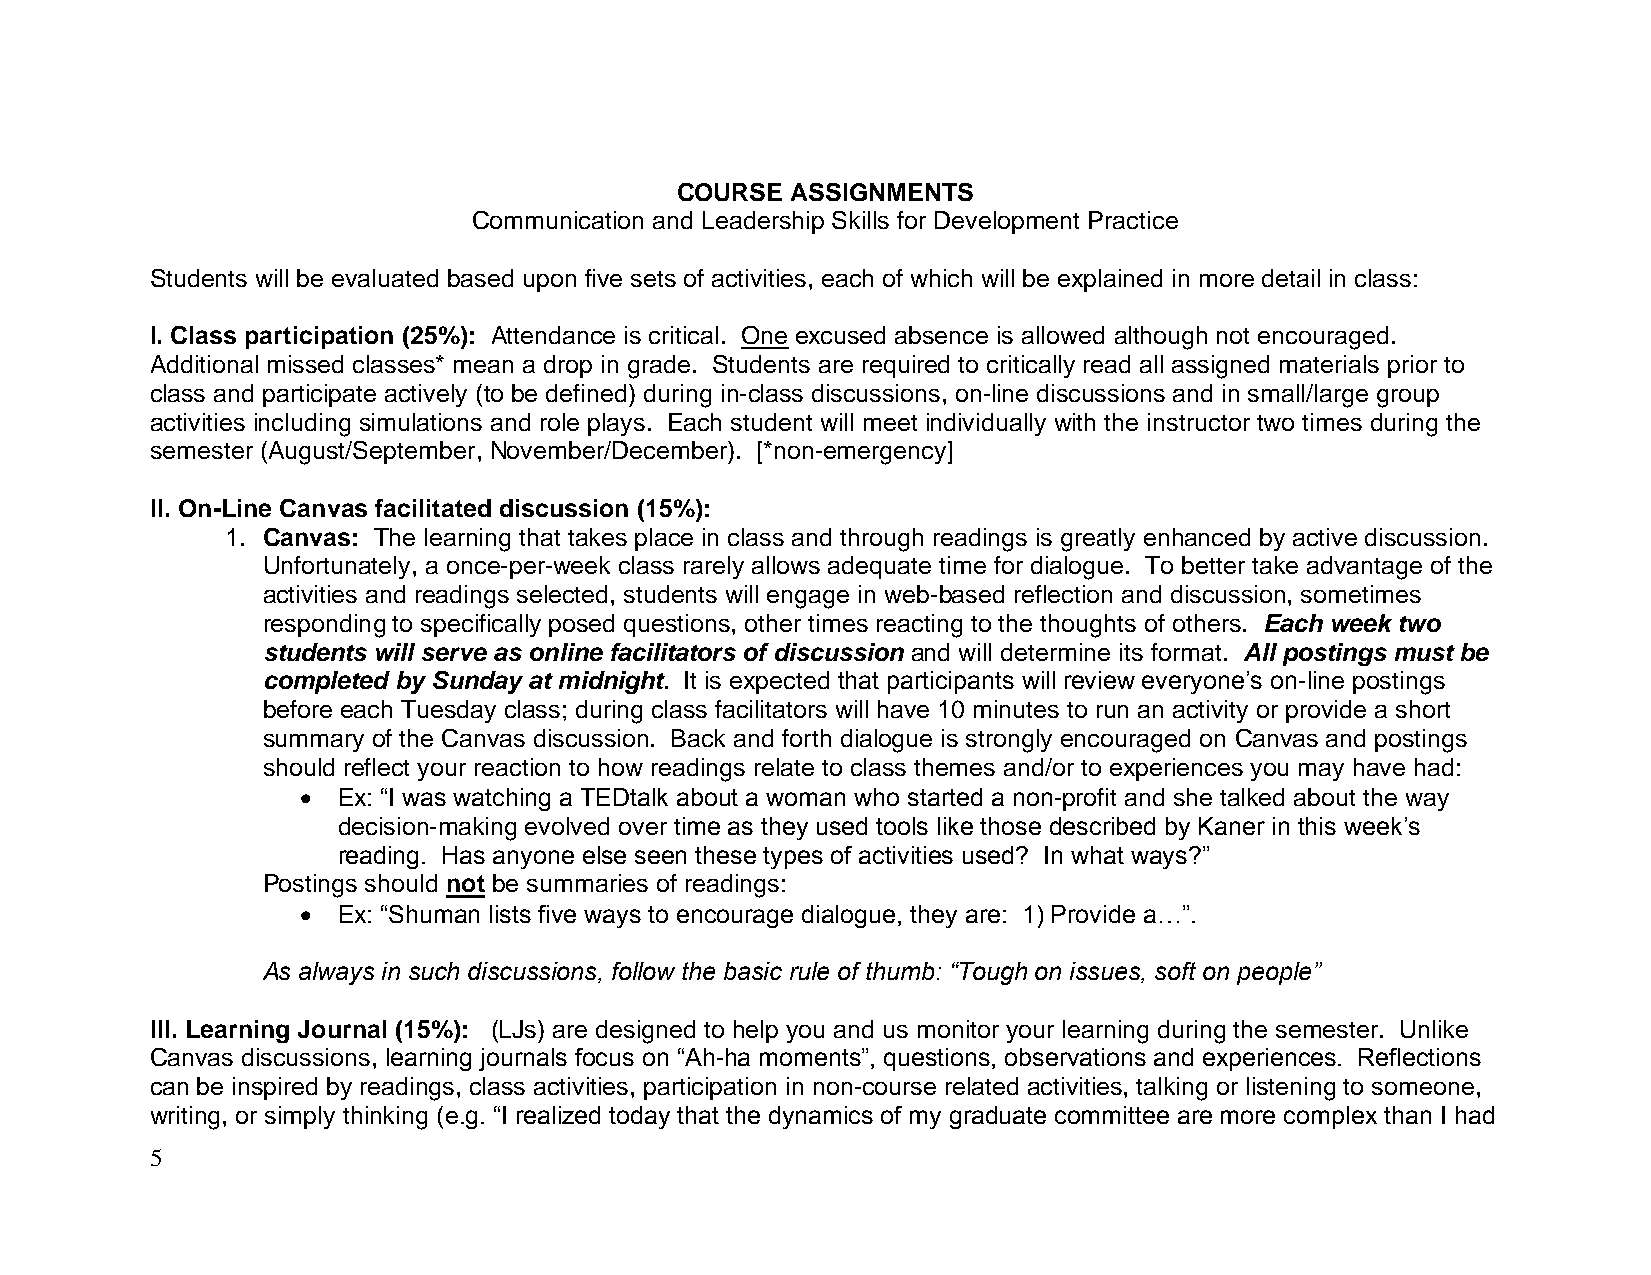
COURSE ASSIGNMENTS
 Communication and Leadership Skills for Development Practice
 Students will be evaluated based upon five sets of activities, each of which will be explained in more detail in class:
 I. Class participation (25%): Attendance is critical. One excused absence is allowed although not encouraged.
 Additional missed classes* mean a drop in grade. Students are required to critically read all assigned materials prior to
 class and participate actively (to be defined) during in-class discussions, on-line discussions and in small/large group
 activities including simulations and role plays. Each student will meet individually with the instructor two times during the
 semester (August/September, November/December). [*non-emergency]
 II. On-Line Canvas facilitated discussion (15%):
 1. Canvas: The learning that takes place in class and through readings is greatly enhanced by active discussion.
 Unfortunately, a once-per-week class rarely allows adequate time for dialogue. To better take advantage of the
 activities and readings selected, students will engage in web-based reflection and discussion, sometimes
 responding to specifically posed questions, other times reacting to the thoughts of others. Each week two
 students will serve as online facilitators of discussion and will determine its format. All postings must be
 completed by Sunday at midnight. It is expected that participants will review everyone’s on-line postings
 before each Tuesday class; during class facilitators will have 10 minutes to run an activity or provide a short
 summary of the Canvas discussion. Back and forth dialogue is strongly encouraged on Canvas and postings
 should reflect your reaction to how readings relate to class themes and/or to experiences you may have had:
  Ex: “I was watching a TEDtalk about a woman who started a non-profit and she talked about the way
 decision-making evolved over time as they used tools like those described by Kaner in this week’s
 reading. Has anyone else seen these types of activities used? In what ways?”
 Postings should not be summaries of readings:
  Ex: “Shuman lists five ways to encourage dialogue, they are: 1) Provide a…”.
 As always in such discussions, follow the basic rule of thumb: “Tough on issues, soft on people”
 III. Learning Journal (15%): (LJs) are designed to help you and us monitor your learning during the semester. Unlike
 Canvas discussions, learning journals focus on “Ah-ha moments”, questions, observations and experiences. Reflections
 can be inspired by readings, class activities, participation in non-course related activities, talking or listening to someone,
 writing, or simply thinking (e.g. “I realized today that the dynamics of my graduate committee are more complex than I had
 5